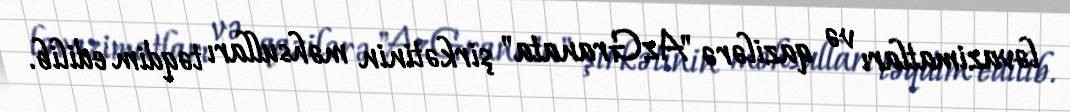
ləvazimatları və qazilərə "AzGranata" şirkətinin məhsulları təqdim edilib.